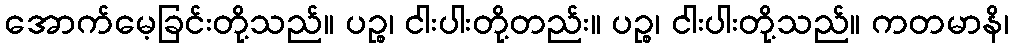
အောက်မေ့ခြင်းတို့သည်။ ပဉ္စ၊ ငါးပါးတို့တည်း။ ပဉ္စ၊ ငါးပါးတို့သည်။ ကတမာနိ၊